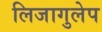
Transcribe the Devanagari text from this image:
लिजागुलेप